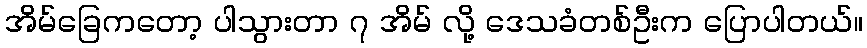
အိမ်ခြေကတော့ ပါသွားတာ ၇ အိမ် လို့ ဒေသခံတစ်ဦးက ပြောပါတယ်။